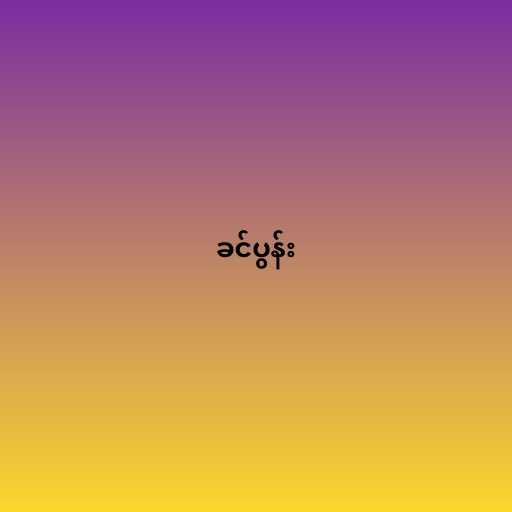
ခင်ပွန်း